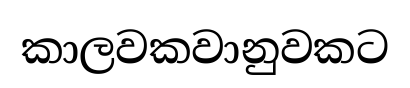
කාලවකවානුවකට